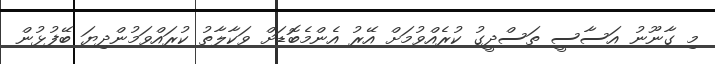
މި ގާނޫނު އަސާސީ ތަސްދީގު ކުރެއްވުމަށް އޭރު އެންމެބޮޑަށް ވަކާލާތު ކުރައްވަމުންދިޔަ ބޭފުޅުން